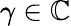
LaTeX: \gamma\in\mathbb{C}